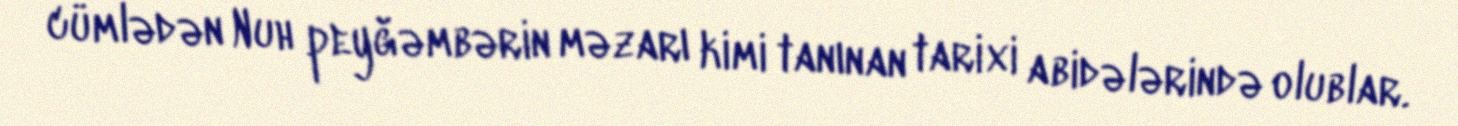
cümlədən Nuh peyğəmbərin məzarı kimi tanınan tarixi abidələrində olublar.